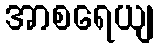
အာစရေယျ